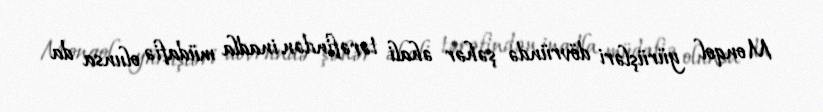
Monqol yürüşləri dövründə şəhər əhali tərəfindən inadla müdafiə olunsa da